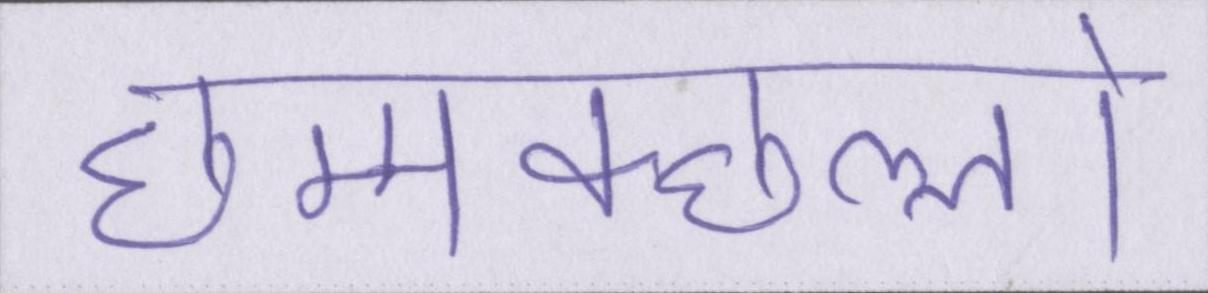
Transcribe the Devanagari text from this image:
छम्मक्छल्लो